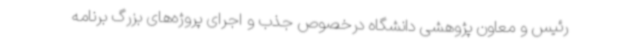
رئیس و معاون پژوهشی دانشگاه درخصوص جذب و اجرای پروژه‌های بزرگ برنامه